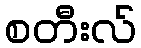
စတီးလ်